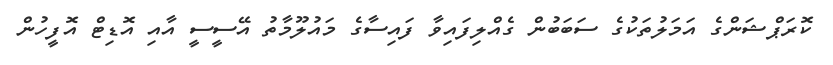
ކޮރަޕްޝަންގެ އަމަލުތަކުގެ ސަބަބުން ގެއްލިފައިވާ ފައިސާގެ މައުލޫމާތު އޭސީސީ އާއި އޮޑިޓް އޮފީހުން